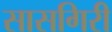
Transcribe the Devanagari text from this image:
सासगिरी